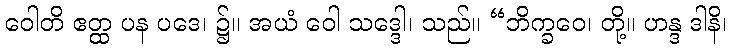
ဝေါတိ ဧတ္ထ ပန ပဒေ၊ ၌။ အယံ ဝေါ သဒ္ဒေါ၊ သည်။ “ဘိက္ခဝေ၊ တို့။ ဟန္ဒ ဒါနိ၊